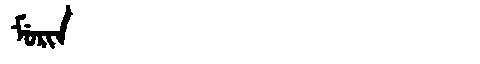
Manchu: ᠮᡠᡵᡳᠨ
Romanization: MURIN